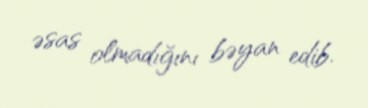
əsas olmadığını bəyan edib.